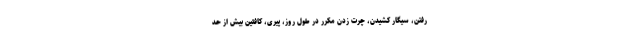
رفتن، سیگار کشیدن، چرت زدن مکرر در طول روز، پیری، کافئین بیش از حد